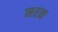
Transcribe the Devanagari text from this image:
मरळ